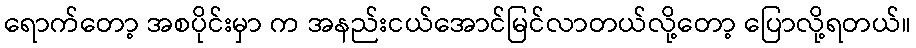
ရောက်တော့ အစပိုင်းမှာ က အနည်းငယ်အောင်မြင်လာတယ်လို့တော့ ပြောလို့ရတယ်။